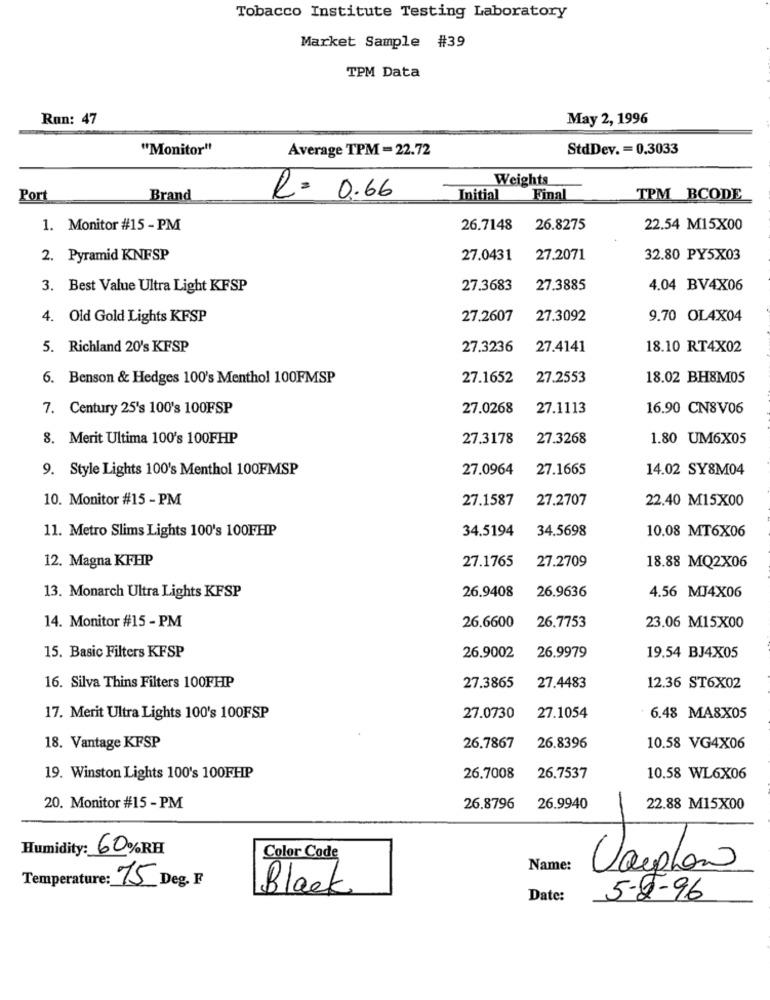
Tobacco Institute Testing Laboratory
Market Sample #39
TPM Data
Run: 47
May 2, 1996
"Monitor"
Average TPM - 22.72
StdDev. = 0.3033
Weights
Port
Brand
R= 0.66
Initial
Final
TPM BCODE
1. Monitor #15 - PM
26.7148
26.8275
22.54 M15X00
2. Pyramid KNFSP
27.0431
27.2071
32.80 PY5X03
3. Best Value Ultra Light KFSP
27.3683
27.3885
4.04 BV4X06
4. Old Gold Lights KFSP
27.2607
27.3092
9.70 OL4X04
5. Richland 20's KFSP
27.3236
27.4141
18.10 RT4X02
6. Benson & Hedges 100's Menthol 100FMSP
27.1652
27.2553
18.02 BH8M05
7. Century 25's 100's 100FSP
27.0268
27.1113
16.90 CN8V06
8. Merit Ultima 100's 100FHP
27.3178
27.3268
1.80 UM6X05
9. Style Lights 100's Menthol 100FMSP
27.0964
27.1665
14.02 SY8M04
10. Monitor #15 - PM
27.1587
27.2707
22.40 M15X00
11. Metro Slims Lights 100's 100FHP
34.5194
34.5698
10.08 MT6X06
12. Magna KFHP
27.1765
27.2709
18.88 MQ2X06
26.9408
26.9636
4.56 MJ4X06
13. Monarch Ultra Lights KFSP
14. Monitor #15 - PM
26.6600
26.7753
23.06 M15X00
15. Basic Filters KFSP
26.9002
26.9979
19.54 BJ4X05
16. Silva Thins Filters 100FHP
27.3865
27.4483
12.36 ST6X02
17. Merit Ultra Lights 100's 100FSP
27.0730
27.1054
6.48 MA8X05
18. Vantage KFSP
26.7867
26.8396
10.58 VG4X06
19. Winston Lights 100's 100FFP
26.7008
26.7537
10.58 WL6X06
20. Monitor #15 - PM
26.8796
26.9940
22.88 M15X00
Humidity: 60%RH
Color Code
Name:
Varplan
Temperature: 75 Deg. F
Black
Date:
5-2-96